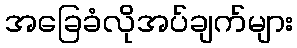
အခြေခံလိုအပ်ချက်များ